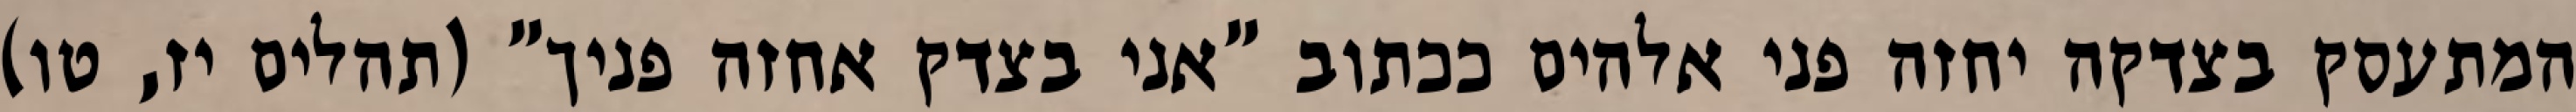
המתעסק בצדקה יחזה פני אלהים ככתוב "אני בצדק אחזה פניך" (תהלים יז, טו)